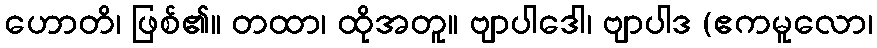
ဟောတိ၊ ဖြစ်၏။ တထာ၊ ထိုအတူ။ ဗျာပါဒေါ၊ ဗျာပါဒ (ဧကမူလော၊